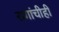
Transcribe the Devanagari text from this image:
रागांचीही